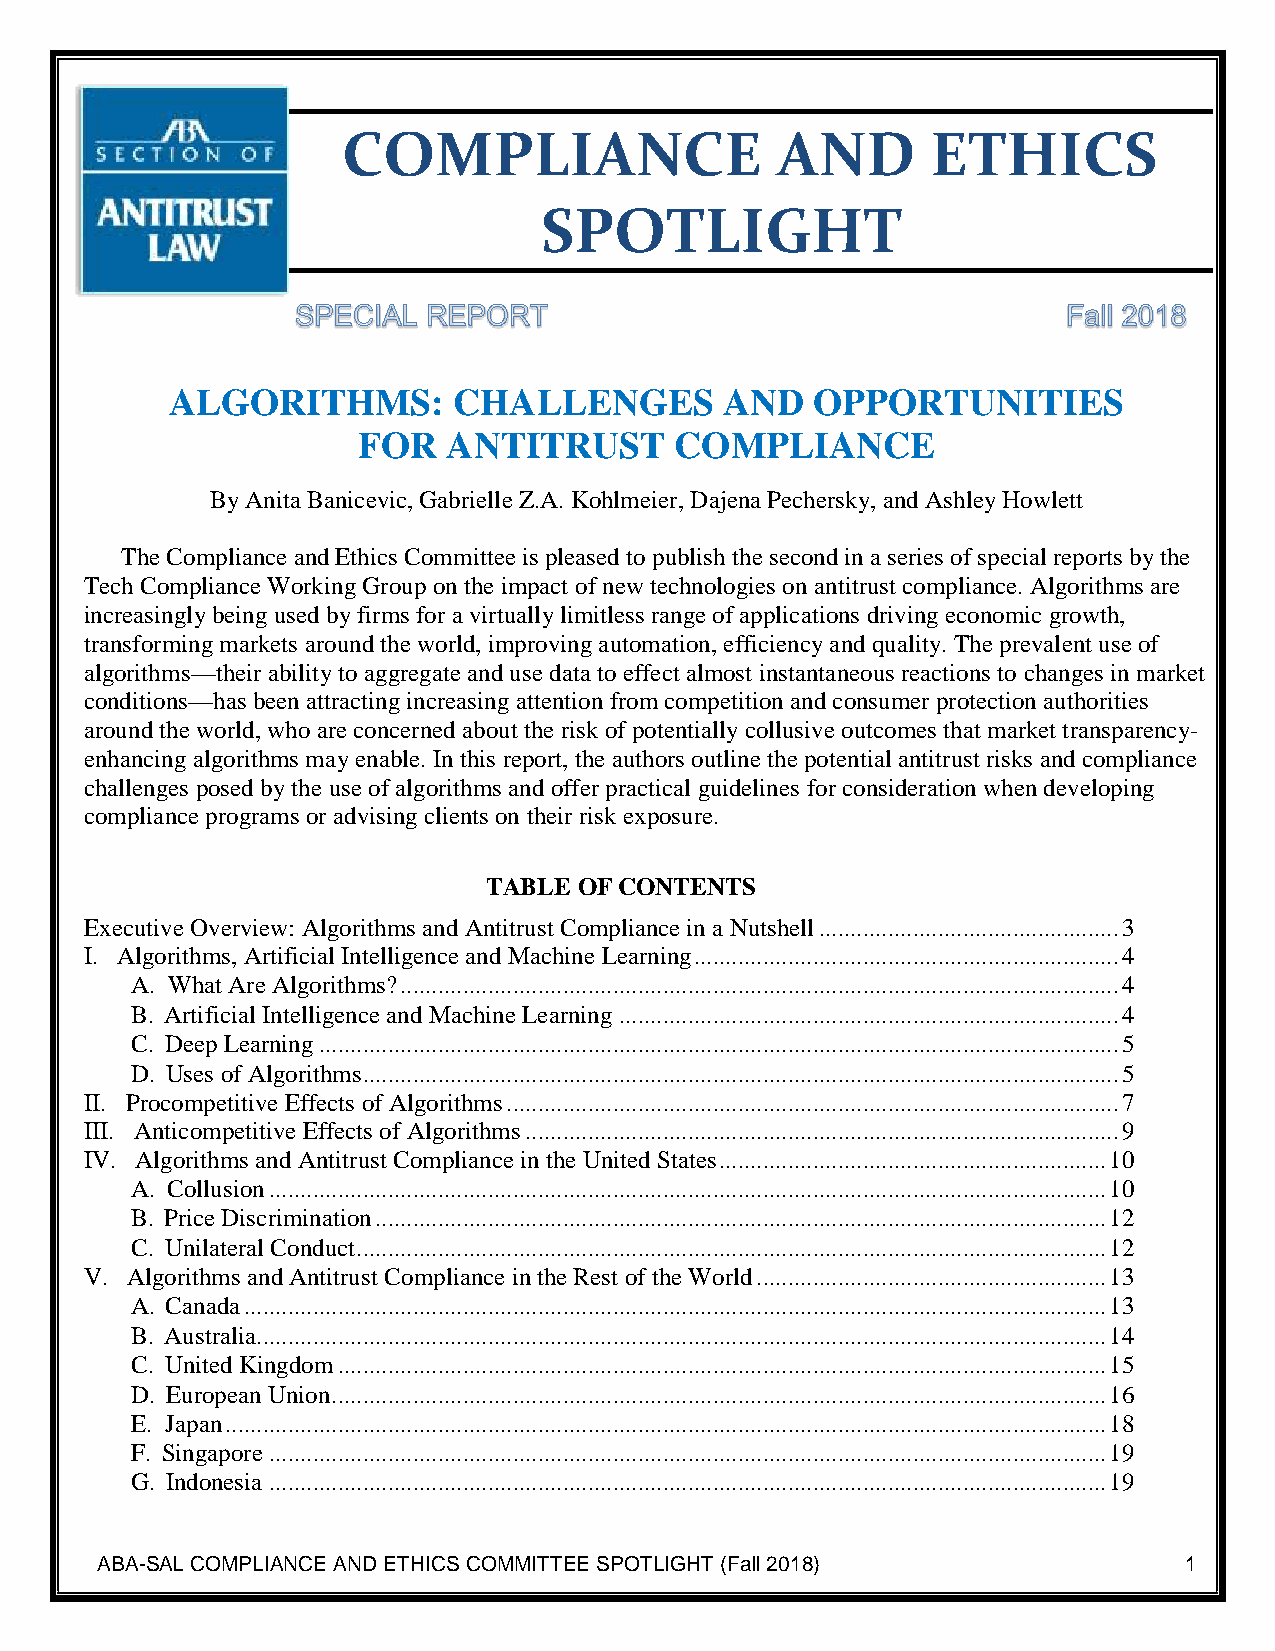
COMPLIANCE                  AND        ETHICS
 SPOTLIGHT
 ALGORITHMS:        CHALLENGES        AND   OPPORTUNITIES
 FOR   ANTITRUST      COMPLIANCE
 By Anita Banicevic, Gabrielle Z.A. Kohlmeier, Dajena Pechersky, and Ashley Howlett
 The Compliance and Ethics Committee is pleased to publish the second in a series of special reports by the
 Tech Compliance Working Group on the impact of new technologies on antitrust compliance. Algorithms are
 increasingly being used by firms for a virtually limitless range of applications driving economic growth,
 transforming markets around the world, improving automation, efficiency and quality. The prevalent use of
 algorithms—their ability to aggregate and use data to effect almost instantaneous reactions to changes in market
 conditions—has been attracting increasing attention from competition and consumer protection authorities
 around the world, who are concerned about the risk of potentially collusive outcomes that market transparency-
 enhancing algorithms may enable. In this report, the authors outline the potential antitrust risks and compliance
 challenges posed by the use of algorithms and offer practical guidelines for consideration when developing
 compliance programs or advising clients on their risk exposure.
 TABLE OF CONTENTS
 Executive Overview: Algorithms and Antitrust Compliance in a Nutshell ................................................ 3
 I. Algorithms, Artificial Intelligence and Machine Learning .................................................................... 4
 A. What Are Algorithms? ................................................................................................................... 4
 B. Artificial Intelligence and Machine Learning ................................................................................ 4
 C. Deep Learning ................................................................................................................................ 5
 D. Uses of Algorithms ......................................................................................................................... 5
 II. Procompetitive Effects of Algorithms .................................................................................................. 7
 III. Anticompetitive Effects of Algorithms ............................................................................................... 9
 IV. Algorithms and Antitrust Compliance in the United States .............................................................. 10
 A. Collusion ...................................................................................................................................... 10
 B. Price Discrimination ..................................................................................................................... 12
 C. Unilateral Conduct ........................................................................................................................ 12
 V. Algorithms and Antitrust Compliance in the Rest of the World ........................................................ 13
 A. Canada .......................................................................................................................................... 13
 B. Australia ........................................................................................................................................ 14
 C. United Kingdom ........................................................................................................................... 15
 D. European Union ............................................................................................................................ 16
 E. Japan ............................................................................................................................................. 18
 F. Singapore ...................................................................................................................................... 19
 G. Indonesia ...................................................................................................................................... 19
 ABA-SAL COMPLIANCE AND ETHICS COMMITTEE SPOTLIGHT (Fall 2018)           1